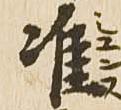
准